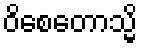
ဝိစေတောသ္မိ